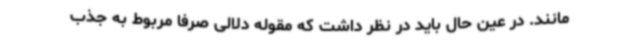
مانند. در عین حال باید در نظر داشت که مقوله دلالی صرفا مربوط به جذب